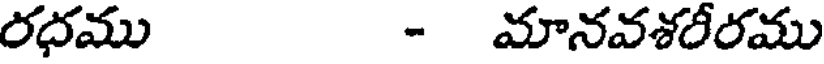
రధము - మానవశరీరము